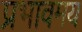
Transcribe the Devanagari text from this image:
प्रभावमय